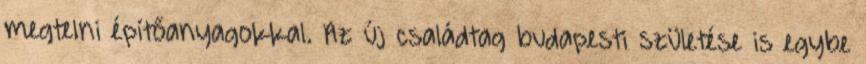
megtelni építőanyagokkal. Az új családtag budapesti születése is egybe